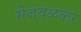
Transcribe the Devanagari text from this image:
सेजवळकर